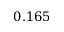
0 . 1 6 5